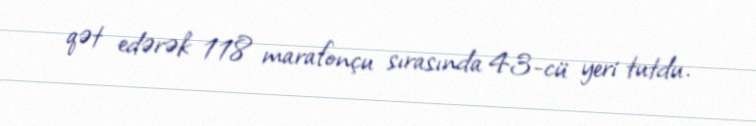
qət edərək 118 marafonçu sırasında 43-cü yeri tutdu.